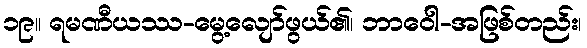
၁၉။ ရမဏီယဿ-မွေ့လျော်ဖွယ်၏၊ ဘာဝေါ-အဖြစ်တည်း၊